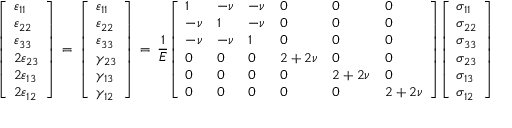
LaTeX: { \left[ \begin{array} { l } { \varepsilon _ { 1 1 } } \\ { \varepsilon _ { 2 2 } } \\ { \varepsilon _ { 3 3 } } \\ { 2 \varepsilon _ { 2 3 } } \\ { 2 \varepsilon _ { 1 3 } } \\ { 2 \varepsilon _ { 1 2 } } \end{array} \right] } \, = \, { \left[ \begin{array} { l } { \varepsilon _ { 1 1 } } \\ { \varepsilon _ { 2 2 } } \\ { \varepsilon _ { 3 3 } } \\ { \gamma _ { 2 3 } } \\ { \gamma _ { 1 3 } } \\ { \gamma _ { 1 2 } } \end{array} \right] } \, = \, { \frac { 1 } { E } } { \left[ \begin{array} { l l l l l l } { 1 } & { - \nu } & { - \nu } & { 0 } & { 0 } & { 0 } \\ { - \nu } & { 1 } & { - \nu } & { 0 } & { 0 } & { 0 } \\ { - \nu } & { - \nu } & { 1 } & { 0 } & { 0 } & { 0 } \\ { 0 } & { 0 } & { 0 } & { 2 + 2 \nu } & { 0 } & { 0 } \\ { 0 } & { 0 } & { 0 } & { 0 } & { 2 + 2 \nu } & { 0 } \\ { 0 } & { 0 } & { 0 } & { 0 } & { 0 } & { 2 + 2 \nu } \end{array} \right] } { \left[ \begin{array} { l } { \sigma _ { 1 1 } } \\ { \sigma _ { 2 2 } } \\ { \sigma _ { 3 3 } } \\ { \sigma _ { 2 3 } } \\ { \sigma _ { 1 3 } } \\ { \sigma _ { 1 2 } } \end{array} \right] }